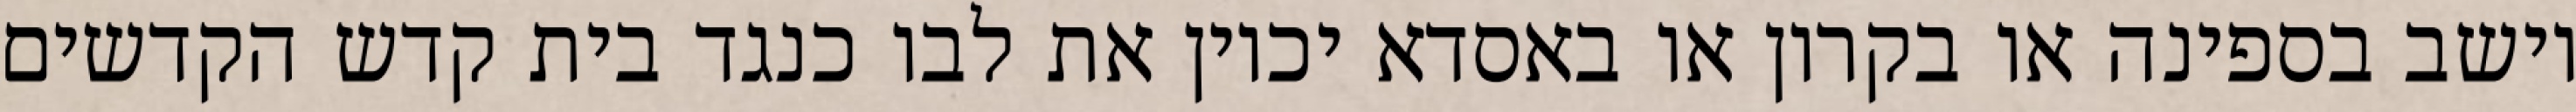
יושב בספינה או בקרון או באסדא יכוין את לבו כנגד בית קדש הקדשים